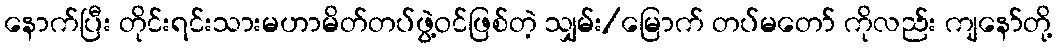
နောက်ပြီး တိုင်းရင်းသားမဟာမိတ်တပ်ဖွဲ့ဝင်ဖြစ်တဲ့ သျှမ်း/မြောက် တပ်မတော် ကိုလည်း ကျနော်တို့